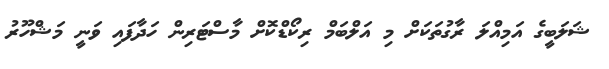
ޝަލަބީގެ އަމިއްލަ ރާގުތަކަށް މި އަލްބަމް ރިކޯޑްކޮށް މާސްޓަރިން ހަދާފައި ވަނީ މަޝްހޫރު